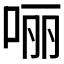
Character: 𫪃